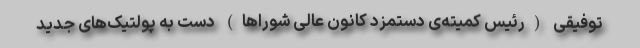
توفیقی (رئیس کمیته‌ی دستمزد کانون عالی شوراها) دست به پولتیک‌های جدید